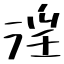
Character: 淫